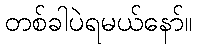
တစ်ခါပဲရမယ်နော်။